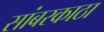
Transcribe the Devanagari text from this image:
सांबरकाठा